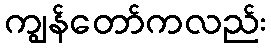
ကျွန်တော်ကလည်း